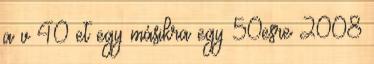
a v 40 et egy másikra egy 50esre 2008